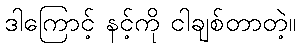
ဒါကြောင့် နင့်ကို ငါချစ်တာတဲ့။